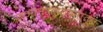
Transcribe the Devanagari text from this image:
ज्ञानउत्पादनातून